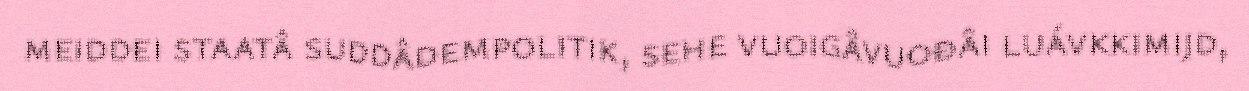
meiddei staatâ suddâdempolitik, sehe vuoigâvuođâi luávkkimijd,